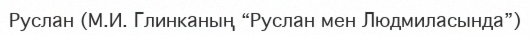
Руслан (М.И. Глинканың “Руслан мен Людмиласында”)